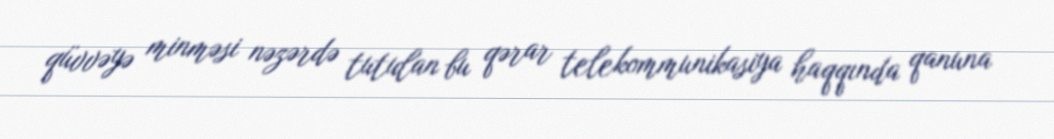
qüvvəyə minməsi nəzərdə tutulan bu qərar telekommunikasiya haqqında qanuna